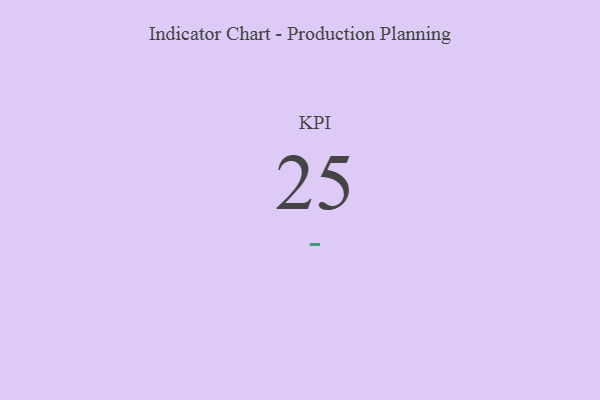
{"axis": {"x": "KPI", "y": "Value"}, "legend": [""], "data": [{"x": "KPI", "y": 25, "type": ""}]}